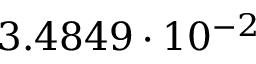
3 . 4 8 4 9 \cdot 1 0 ^ { - 2 }